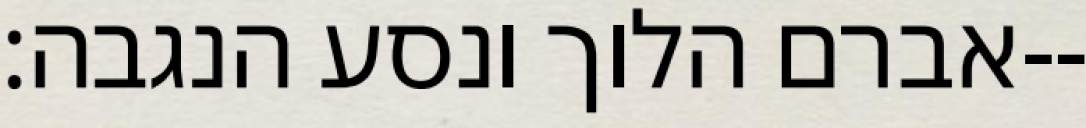
אברם הלוך ונסע הנגבה׃--